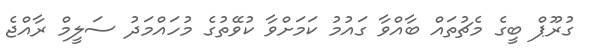
ގުރޫޕް ބީގެ މެޗުތައް ބާއްވާ ގައުމު ކަމަށްވާ ކުވޭތުގެ މުހައްމަދު ސަލީމް ރާއްޖެ